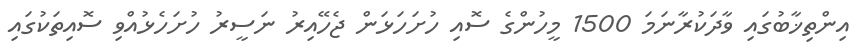
އިންތިޚާބުގައި ވާދަކުރާނަމަ 1500 މީހުންގެ ސޮއި ހުށަހަޅަން ޖެހޭއިރު ނަސީރު ހުށަހެޅުއްވި ސޮއިތަކުގައި